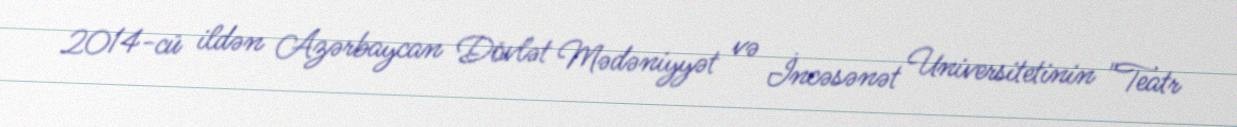
2014-cü ildən Azərbaycan Dövlət Mədəniyyət və İncəsənət Universitetinin "Teatr